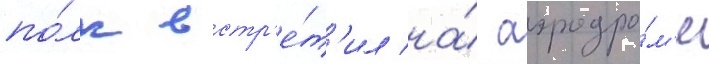
по́лк встр'е́т'ил на́ аэродро́м'е